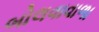
બોલવાવાળા